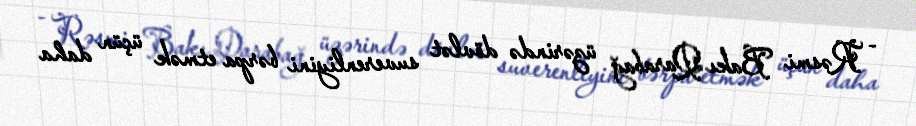
- Rəsmi Bakı Qarabağ üzərində dövlət suverenliyini bərpa etmək üçün daha